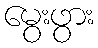
မွေးဖွား